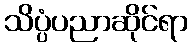
သိပ္ပံပညာဆိုင်ရာ